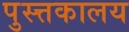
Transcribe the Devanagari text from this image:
पुस्त्तकालय